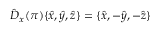
\hat { D } _ { x } ( \pi ) \{ \hat { x } , \hat { y } , \hat { z } \} = \{ \hat { x } , - \hat { y } , - \hat { z } \}